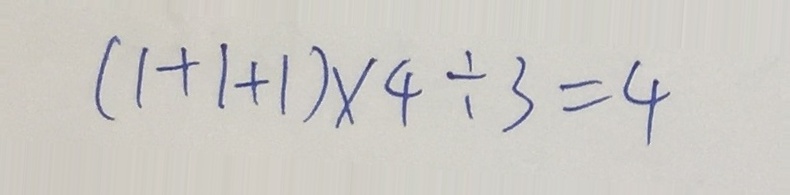
( 1 + 1 + 1 ) \times 4 \div 3 = 4